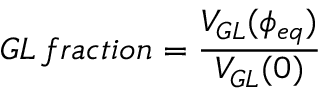
G L \, f r a c t i o n = \frac { V _ { G L } ( \phi _ { e q } ) } { V _ { G L } ( 0 ) }